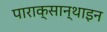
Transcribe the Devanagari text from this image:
पाराक्सान्थाइन